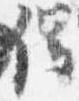
催